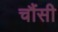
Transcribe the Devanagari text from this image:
चौंसी